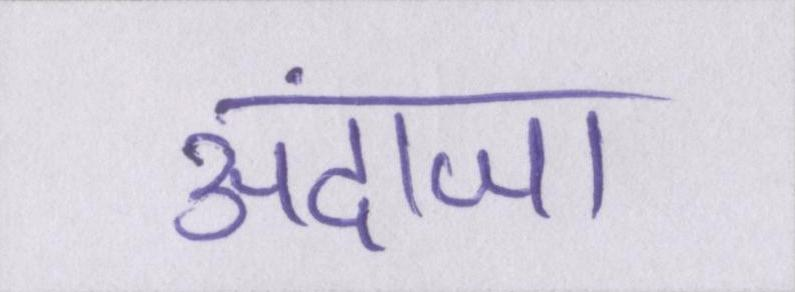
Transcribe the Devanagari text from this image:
अंदाजा